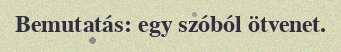
Bemutatás: egy szóból ötvenet.